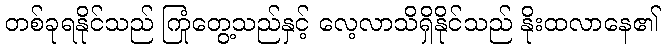
တစ်ခုရနိုင်သည် ကြုံတွေ့သည်နှင့် လေ့လာသိရှိနိုင်သည် နိုးထလာနေ၏